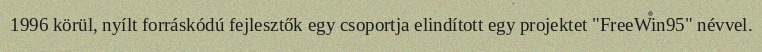
1996 körül, nyílt forráskódú fejlesztők egy csoportja elindított egy projektet "FreeWin95" névvel.